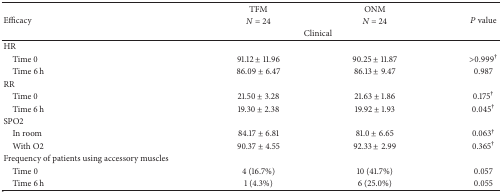
<table><thead><tr><td rowspan="3"><b>Efficacy</b></td><td><b>TFM </b></td><td><b>ONM</b></td><td rowspan="3"><b><i>P</i> value</b></td></tr><tr><td><b><i>N</i> = 24</b></td><td><b><i>N</i> = 24</b></td></tr><tr><td colspan="2"><b>Clinical</b></td></tr></thead><tbody><tr><td>HR</td><td colspan="2"> </td><td> </td></tr><tr><td> Time 0</td><td>91.12 ± 11.96</td><td>90.25 ± 11.87</td><td>&gt;0.999<sup>†</sup></td></tr><tr><td> Time 6 h</td><td>86.09 ± 6.47</td><td>86.13 ± 9.47</td><td>0.987</td></tr><tr><td>RR</td><td> </td><td> </td><td> </td></tr><tr><td> Time 0</td><td>21.50 ± 3.28</td><td>21.63 ± 1.86</td><td>0.175<sup>†</sup></td></tr><tr><td> Time 6 h</td><td>19.30 ± 2.38</td><td>19.92 ± 1.93</td><td>0.045<sup>†</sup></td></tr><tr><td>SPO2</td><td> </td><td> </td><td> </td></tr><tr><td> In room</td><td>84.17 ± 6.81</td><td>81.0 ± 6.65</td><td>0.063<sup>†</sup></td></tr><tr><td> With O2</td><td>90.37 ± 4.55</td><td>92.33 ± 2.99</td><td>0.365<sup>†</sup></td></tr><tr><td>Frequency of patients using accessory muscles</td><td> </td><td> </td><td> </td></tr><tr><td> Time 0</td><td>4 (16.7%)</td><td>10 (41.7%)</td><td>0.057</td></tr><tr><td> Time 6 h</td><td>1 (4.3%)</td><td>6 (25.0%)</td><td>0.055</td></tr></tbody></table>